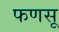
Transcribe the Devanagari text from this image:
फणसू